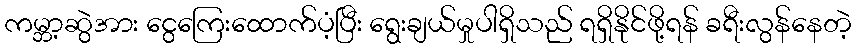
ကမ္ဘာ့ဆွဲအား ငွေကြေးထောက်ပံ့ပြီး ရွေးချယ်မှုပါရှိသည် ရရှိနိုင်ဖို့ရန် ခရီးလွန်နေတဲ့